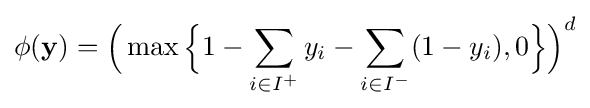
\phi (\mathbf {y} )={\Big (}\max {\Big \{}1-\sum _{i\in I^{+}}y_{i}-\sum _{i\in I^{-}}(1-y_{i}),0{\Big \}}{\Big )}^{d}